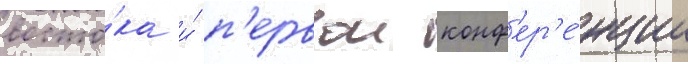
восто́ка и́ п'ервои конф'ер'е́нции